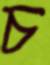
চ